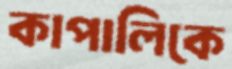
কাপালিকে